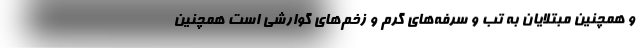
و همچنین مبتلایان به تب و سرفه‌های گرم و زخم‌های گوارشی است همچنین